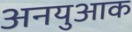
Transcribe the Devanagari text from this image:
अनयुआक